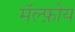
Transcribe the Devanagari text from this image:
मॅल्फ़ोय